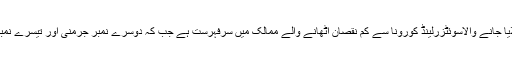
دنیا کی جنت کہلایا جانے والاسوئٹزرلینڈ کورونا سے کم نقصان اٹھانے والے ممالک میں سرفہرست ہے جب کہ دوسرے نمبر جرمنی اور تیسرے نمبر پر اسرائیل ہے۔